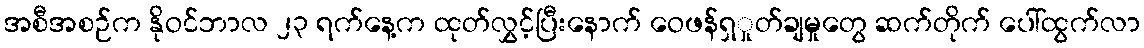
အစီအစဉ်က နိုဝင်ဘာလ ၂၃ ရက်နေ့က ထုတ်လွှင့်ပြီးနောက် ဝေဖန်ရှှုတ်ချမှုတွေ ဆက်တိုက် ပေါ်ထွက်လာ